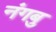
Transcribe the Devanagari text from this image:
नंगबु